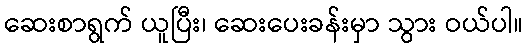
ဆေးစာရွက် ယူပြီး၊ ဆေးပေးခန်းမှာ သွား ဝယ်ပါ။